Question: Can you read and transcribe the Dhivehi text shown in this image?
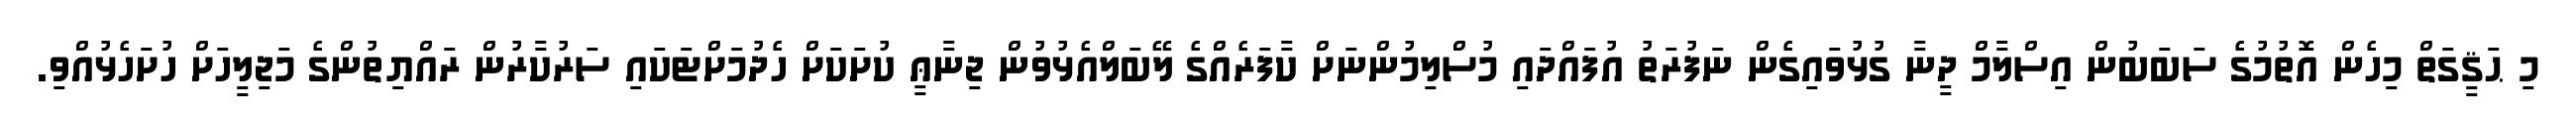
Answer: މި ޙަޤީގަތް މިހެން އޮތުމުގެ ސަބަބުން އިސްލާމް ދީނާ ގުޅުވައިގެން ނަފުރަތު އުފައްދައި މުސްލިމުންނަށް ކާފަރެއްގެ ލޭބަލްއެޅުވުން ޖިނާޢީ ކުށަކަށް ހެދުމަށްޓަކައި ސަރުކާރުން ރައްޔިތުންގެ މަޖިލީހަށް ހުށަހެޅުއްވި.